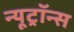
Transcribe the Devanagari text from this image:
न्यूट्रॉन्स